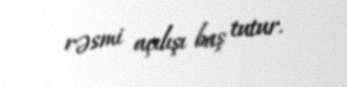
rəsmi açılışı baş tutur.